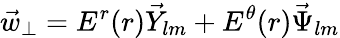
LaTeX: \vec{w}_{\perp}=E^{r}(r)\vec{Y}_{lm}+E^{\theta}(r)\vec{\Psi}_{lm}